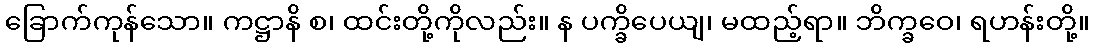
ခြောက်ကုန်သော။ ကဋ္ဌာနိ စ၊ ထင်းတို့ကိုလည်း။ န ပက္ခိပေယျ၊ မထည့်ရာ။ ဘိက္ခဝေ၊ ရဟန်းတို့။